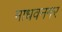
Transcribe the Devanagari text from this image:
माधवनगर